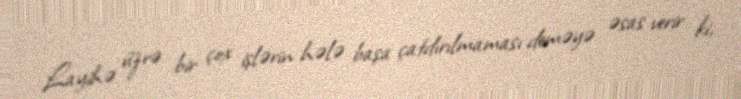
Layihə üzrə bir çox işlərin hələ başa çatdırılmaması deməyə əsas verir ki,